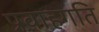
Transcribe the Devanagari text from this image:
प्रवाहगति